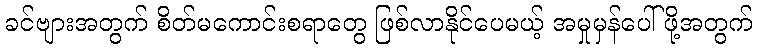
ခင်ဗျားအတွက် စိတ်မကောင်းစရာတွေ ဖြစ်လာနိုင်ပေမယ့် အမှုမှန်ပေါ်ဖို့အတွက်